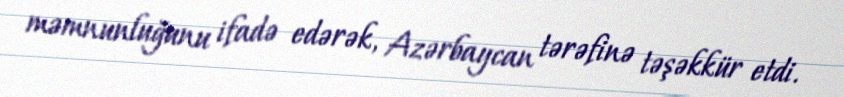
məmnunluğunu ifadə edərək, Azərbaycan tərəfinə təşəkkür etdi.